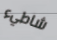
شاطيء